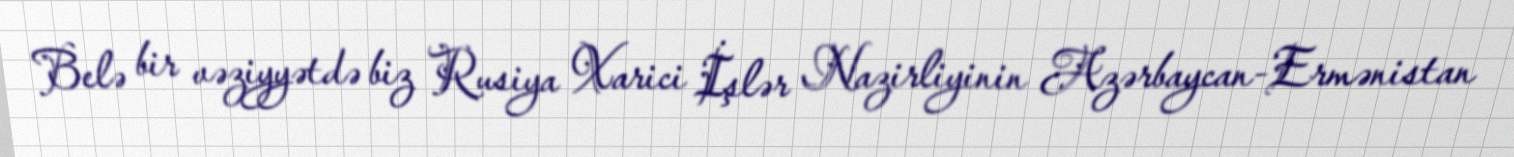
Belə bir vəziyyətdə biz Rusiya Xarici İşlər Nazirliyinin Azərbaycan-Ermənistan